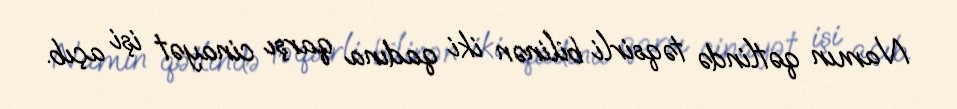
Namın qətlində təqsirli bilinən iki qadına qarşı cinayət işi açıb.